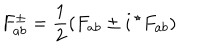
LaTeX: F _ { a b } ^ { \pm } = { \frac { 1 } { 2 } } ( F _ { a b } \pm i \, { ^ { \star } F _ { a b } } )